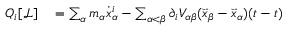
\begin{array} { r l } { Q _ { i } [ { \mathcal { L } } ] } & { { } = \sum _ { \alpha } m _ { \alpha } { \dot { x } } _ { \alpha } ^ { i } - \sum _ { \alpha < \beta } \partial _ { i } V _ { \alpha \beta } ( { \vec { x } } _ { \beta } - { \vec { x } } _ { \alpha } ) ( t - t ) } \end{array}